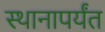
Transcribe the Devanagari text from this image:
स्थानापर्यंत